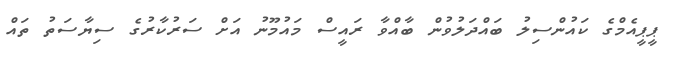
ޕީޕީއެމްގެ ކައުންސިލު ބައްދަލުވުން ބާއްވާ ރައީސް މައުމޫނު އަށް ސަރުކާރުގެ ސިޔާސަތު ތައް